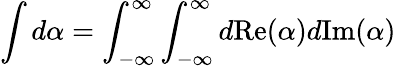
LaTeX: \int d\alpha=\int_{-\infty}^{\infty}\int_{-\infty}^{\infty}d\mathrm{Re}(\alpha)d\mathrm{Im}(\alpha)